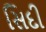
સિદી